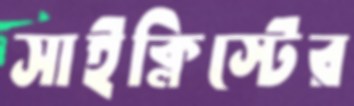
সাইক্লিস্টের